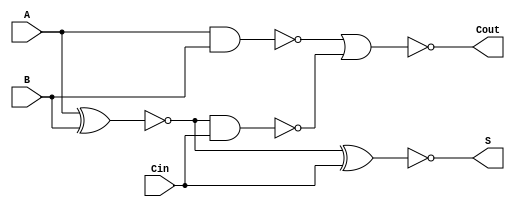
module negative_circuit_full_adder (
    input wire A,      // First input bit
    input wire B,      // Second input bit
    input wire Cin,    // Carry input bit
    output wire S,     // Sum output bit
    output wire Cout   // Carry output bit
);

    // Intermediate signals
    wire A_xor_B;          // A XOR B
    wire A_and_B;          // A AND B
    wire A_xor_B_and_Cin;  // (A XOR B) AND Cin
    
    // Compute A XOR B
    assign A_xor_B = ~(A ^ B); // Inverted XOR for negative logic
    
    // Compute Sum output S
    assign S = ~(A_xor_B ^ Cin); // Inverted XOR for negative logic
    
    // Compute Carry output Cout
    assign A_and_B = ~(A & B); // Inverted AND for negative logic
    assign A_xor_B_and_Cin = ~(A_xor_B & Cin); // (A XOR B) AND Cin in negative logic
    assign Cout = ~(A_and_B | A_xor_B_and_Cin); // Inverted OR for negative logic

endmodule